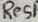
Text: Res1